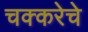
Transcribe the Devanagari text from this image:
चक्करेचे